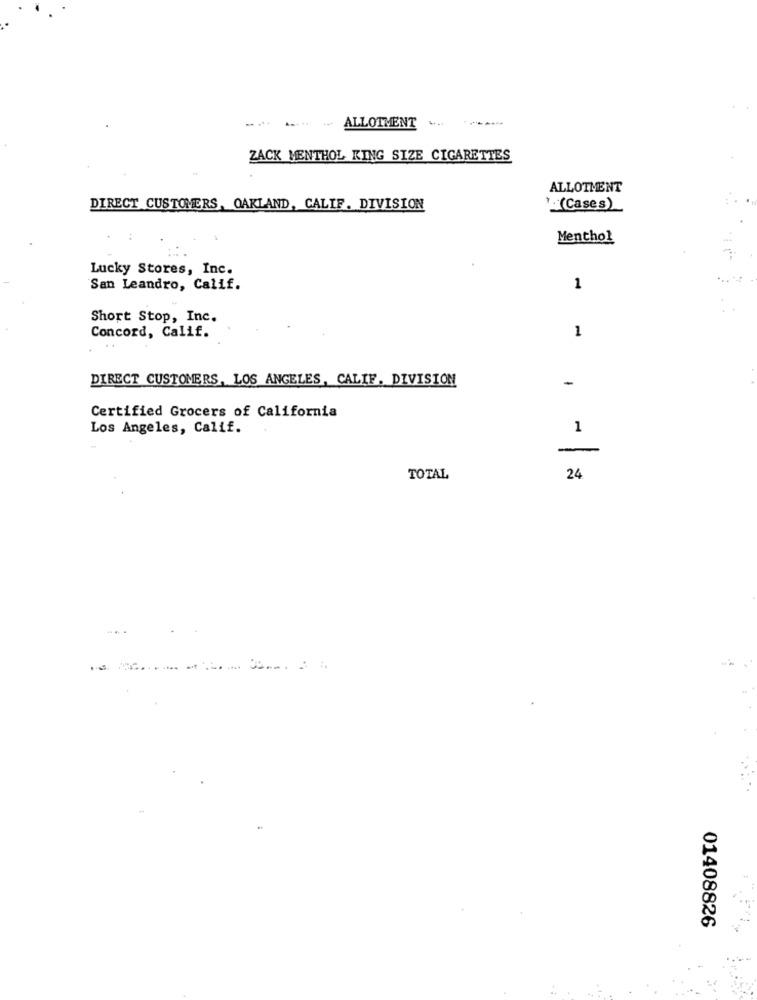
-----
ALLOTMENT
ZACK MENTHOL KING SIZE CIGARETTES
ALLOTMENT
DIRECT CUSTOMERS, OAKLAND, CALIF. DIVISION
" . (Cases)
Menthol
Lucky Stores, Inc.
San Leandro, Calif.
1
Short Stop, Inc.
1
Concord, Calif.
DIRECT CUSTOMERS, LOS ANGELES, CALIF. DIVISION
-
Certified Grocers of California
Los Angeles, Calif.
1
-
TOTAL
24
01408826